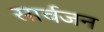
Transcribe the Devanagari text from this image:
सार्वजन